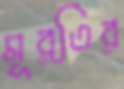
মূর্তির